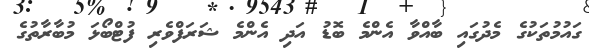
ގައުމުތަކުގެ މެދުގައި ބާއްވާ އެންމެ ބޮޑު އަދި އެންމެ ޝަރަފްވެރި ފުޓްބޯޅަ މުބާރާތުގެ